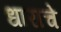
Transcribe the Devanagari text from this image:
धाराचे